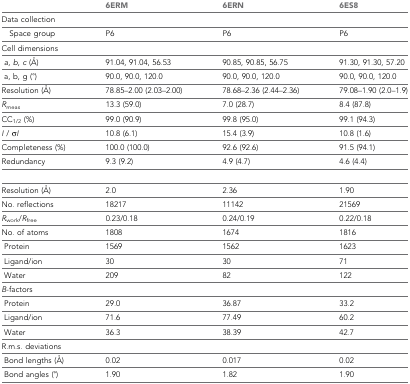
|  | 6ERM | 6ERN | 6ES8 |
 | --- | --- | --- | --- |
 | Data collection |  |  |  |
 | Space group | P6 | P6 | P6 |
 | Cell dimensions |  |  |  |
 | a, b, c (Å) | 91.04, 91.04, 56.53 | 90.85, 90.85, 56.75 | 91.30, 91.30, 57.20 |
 | a, b, g (°) | 90.0, 90.0, 120.0 | 90.0, 90.0, 120.0 | 90.0, 90.0, 120.0 |
 | Resolution (Å) | 78.85–2.00 (2.03–2.00) | 78.68–2.36 (2.44–2.36) | 79.08–1.90 (2.0–1.9) |
 | Rmeas | 13.3 (59.0) | 7.0 (28.7) | 8.4 (87.8) |
 | CC1/2 (%) | 99.0 (90.9) | 99.8 (95.0) | 99.1 (94.3) |
 | I / σI | 10.8 (6.1) | 15.4 (3.9) | 10.8 (1.6) |
 | Completeness (%) | 100.0 (100.0) | 92.6 (92.6) | 91.5 (94.1) |
 | Redundancy | 9.3 (9.2) | 4.9 (4.7) | 4.6 (4.4) |
 | Resolution (Å) | 2.0 | 2.36 | 1.90 |
 | No. reflections | 18217 | 11142 | 21569 |
 | Rwork/Rfree | 0.23/0.18 | 0.24/0.19 | 0.22/0.18 |
 | No. of atoms | 1808 | 1674 | 1816 |
 | Protein | 1569 | 1562 | 1623 |
 | Ligand/ion | 30 | 30 | 71 |
 | Water | 209 | 82 | 122 |
 | B-factors |  |  |  |
 | Protein | 29.0 | 36.87 | 33.2 |
 | Ligand/ion | 71.6 | 77.49 | 60.2 |
 | Water | 36.3 | 38.39 | 42.7 |
 | R.m.s. deviations |  |  |  |
 | Bond lengths (Å) | 0.02 | 0.017 | 0.02 |
 | Bond angles (°) | 1.90 | 1.82 | 1.90 |